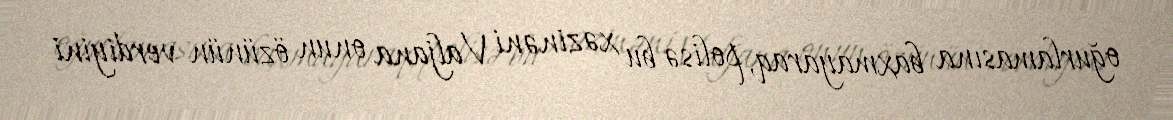
oğurlamasına baxmayaraq, polisə bu xəzinəni Valjana onun özünün verdiyini